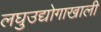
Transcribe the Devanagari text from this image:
लघुउद्योगाखाली